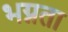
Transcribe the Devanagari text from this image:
भग्नता